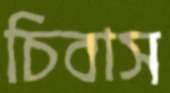
চিবাস